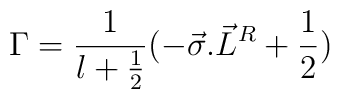
{\Gamma}= \frac{1}{l+\frac{1}{2}} (- {\vec{\sigma}.{\vec{L}}^{R}} + \frac{1}{2} )